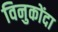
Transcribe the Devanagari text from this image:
विनुकोंदा